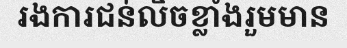
រងការជន់លិចខ្លាំងរួមមាន